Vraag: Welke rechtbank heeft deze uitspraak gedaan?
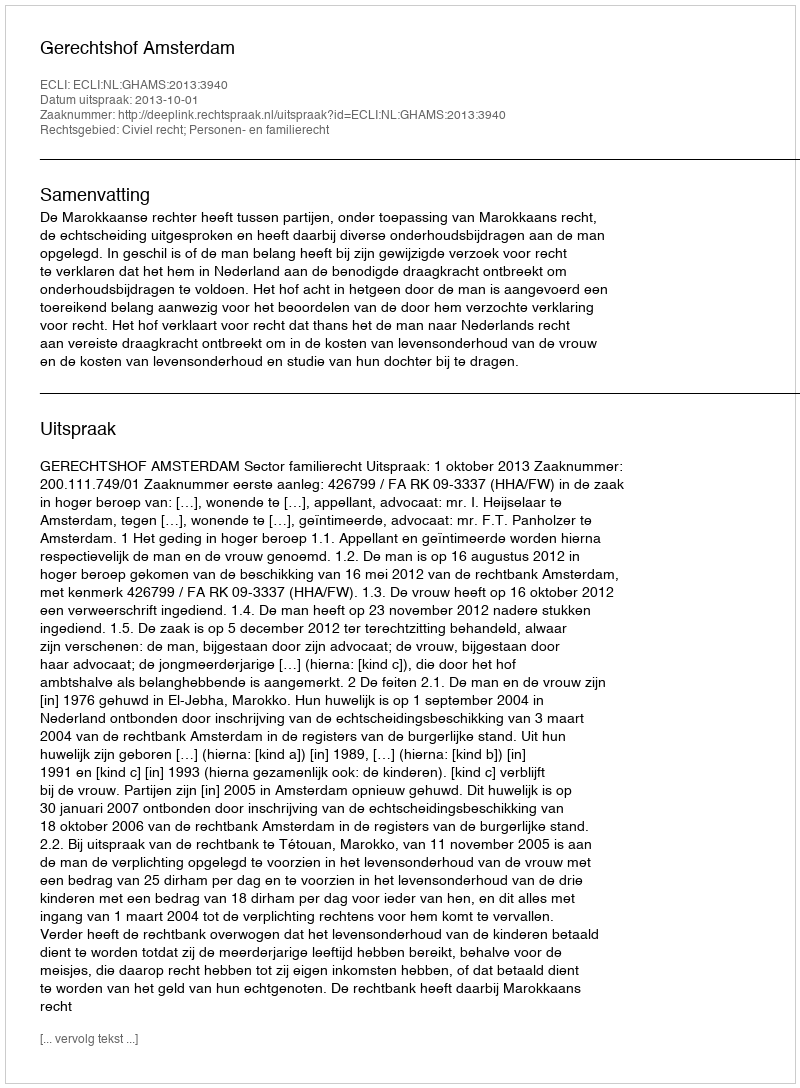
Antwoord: Gerechtshof Amsterdam